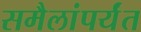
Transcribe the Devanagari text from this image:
समैलांपर्यंत